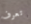
تعرف